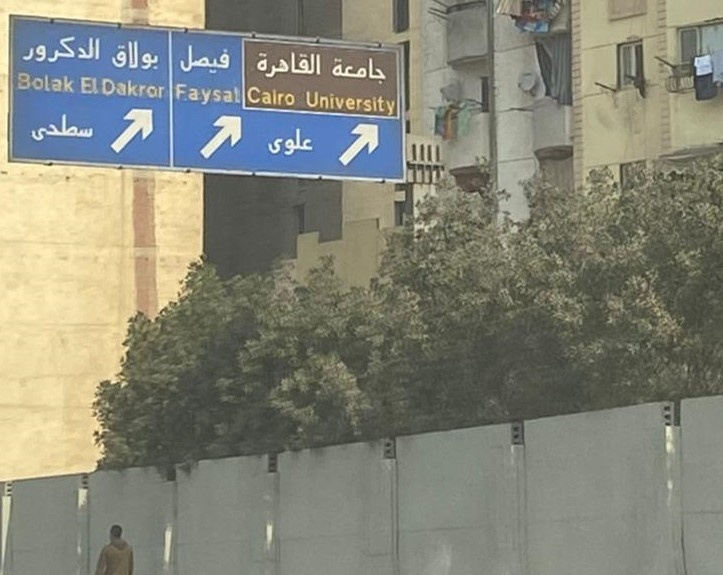
Text in image: الدكرور بولاق فيصل القاهرة جامعة سطحى علوى Bolak ElDakror Faysal Cairo University